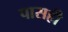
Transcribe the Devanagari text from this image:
पासही